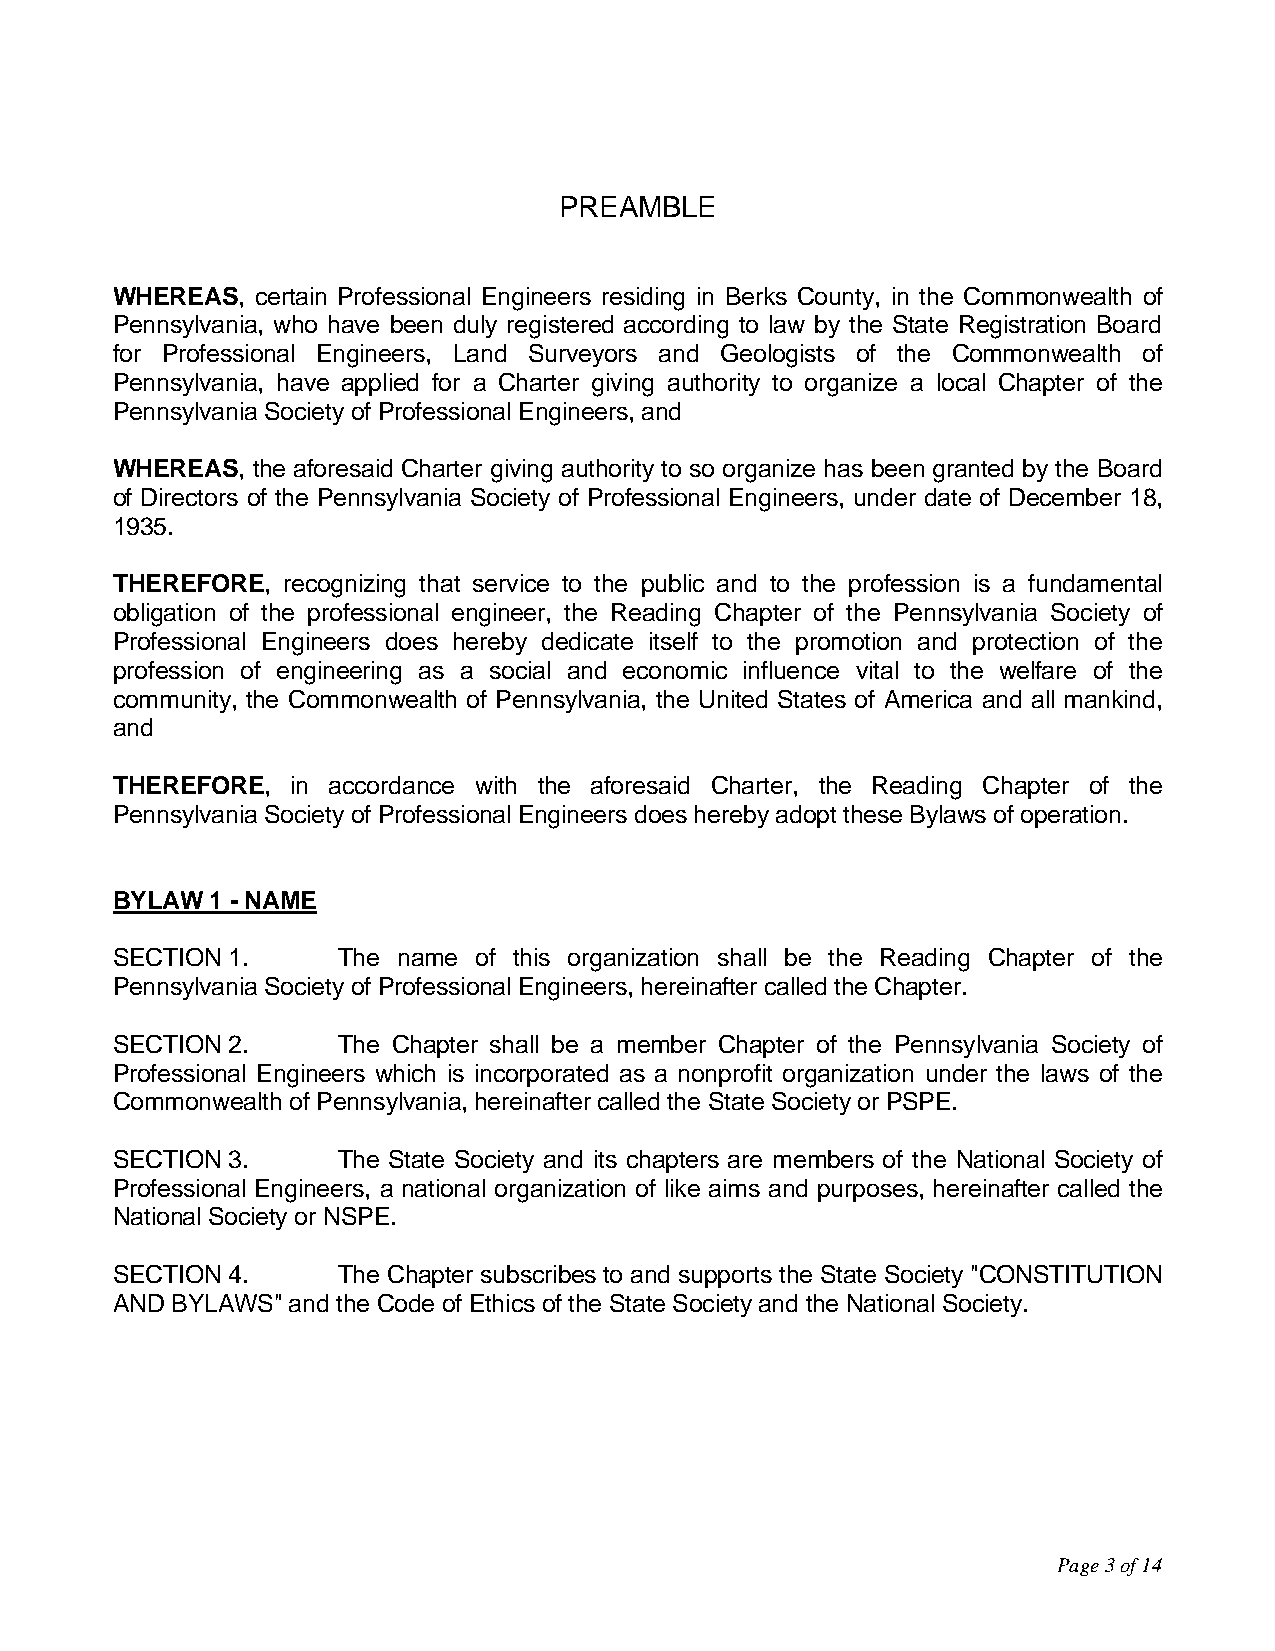
PREAMBLE
 WHEREAS,  certain Professional Engineers residing in Berks County, in the Commonwealth of
 Pennsylvania, who have been duly registered according to law by the State Registration Board
 for Professional Engineers, Land Surveyors and Geologists of the Commonwealth of
 Pennsylvania, have applied for a Charter giving authority to organize a local Chapter of the
 Pennsylvania Society of Professional Engineers, and
 WHEREAS,  the aforesaid Charter giving authority to so organize has been granted by the Board
 of Directors of the Pennsylvania Society of Professional Engineers, under date of December 18,
 1935.
 THEREFORE,  recognizing that service to the public and to the profession is a fundamental
 obligation of the professional engineer, the Reading Chapter of the Pennsylvania Society of
 Professional Engineers does hereby dedicate itself to the promotion and protection of the
 profession of engineering as a social and economic influence vital to the welfare of the
 community, the Commonwealth of Pennsylvania, the United States of America and all mankind,
 and
 THEREFORE,  in accordance with the aforesaid Charter, the Reading Chapter of the
 Pennsylvania Society of Professional Engineers does hereby adopt these Bylaws of operation.
 BYLAW  1 - NAME
 SECTION 1.     The name of this organization shall be the Reading Chapter of the
 Pennsylvania Society of Professional Engineers, hereinafter called the Chapter.
 SECTION 2.     The Chapter shall be a member Chapter of the Pennsylvania Society of
 Professional Engineers which is incorporated as a nonprofit organization under the laws of the
 Commonwealth of Pennsylvania, hereinafter called the State Society or PSPE.
 SECTION 3.     The State Society and its chapters are members of the National Society of
 Professional Engineers, a national organization of like aims and purposes, hereinafter called the
 National Society or NSPE.
 SECTION 4.     The Chapter subscribes to and supports the State Society "CONSTITUTION
 AND BYLAWS" and the Code of Ethics of the State Society and the National Society.
 Page 3 of 14